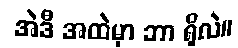
အဲဒီ အထဲမှာ ဘာ ရှိလဲ။